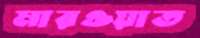
মারওয়াত